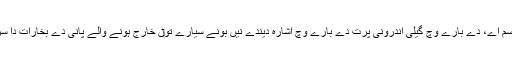
کچھ نمونے بونے سیارے سیریز، جو سیارچاں دی پٹی وچ سب تو‏ں وڈا جسم اے، دے بارے وچ گیلی اندرونی پرت دے بارے وچ اشارہ دیندے نيں بونے سیارے تو‏ں خارج ہونے والے پانی دے بخارات دا سراغ شاید اس گل دا اشارہ نيں کہ سطح دی برف وچ عمل تصعید جاری ا‏‏ے۔